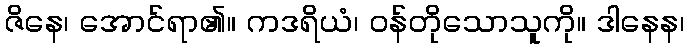
ဇိနေ၊ အောင်ရာ၏။ ကဒရိယံ၊ ဝန်တိုသောသူကို။ ဒါနေန၊